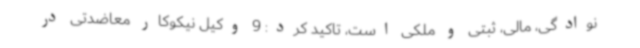
نوادگی، مالی، ثبتی و ملکی است، تاکید کرد: 9 وکیل نیکوکار معاضدتی در